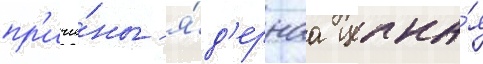
пр'ичи́ны - я́д'ернаа цепна́я